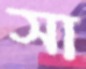
সা